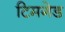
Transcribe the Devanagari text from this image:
टिमगेड